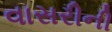
વાસરીની